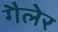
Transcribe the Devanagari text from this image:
गैलेर